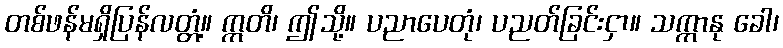
တစ်ဖန်မရှိပြန်လတ္တံ့။ ဣတိ၊ ဤသို့။ ပညာပေတုံ၊ ပညတ်ခြင်းငှာ။ သက္ကာနု ခေါ၊